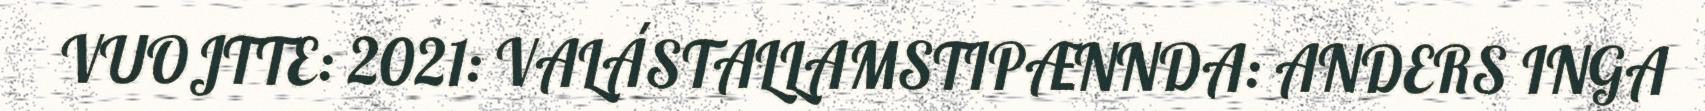
VUOJTTE: 2021: VALÁSTALLAMSTIPÆNNDA: ANDERS INGA